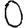
Digit: 0